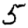
Digit: 5